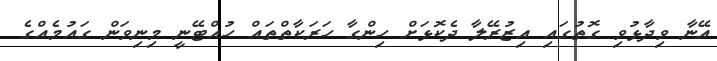
އޭނާ ވިދާޅުވި ގޮތުގައި އިޒުރޭލާ ދެކޮޅަށް ހިންގާ ހަރަކާތްތައް ހުއްޓޭނީ މިނިވަން ގައުމެއްގެ